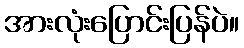
အားလုံးပြောင်းပြန်ပဲ။